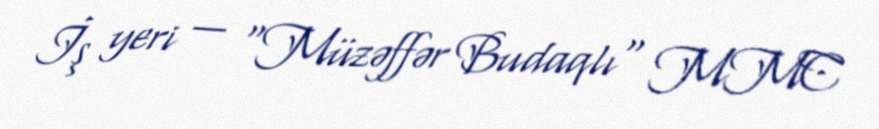
İş yeri — "Müzəffər Budaqlı" MMC